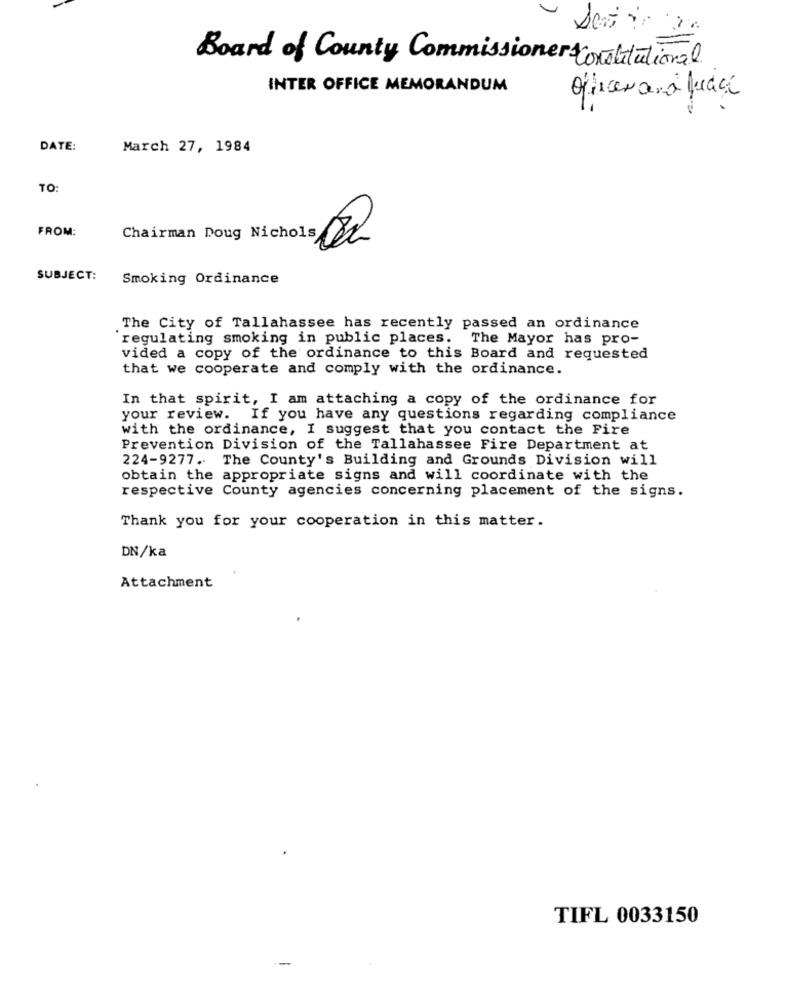
Board of County Commissioner constitutional
INTER OFFICE MEMORANDUM
DATE:
March 27, 1984
TO:
FROM:
Chairman Doug Nichols EL
SUBJECT:
Smoking Ordinance
The City of Tallahassee has recently passed an ordinance
`regulating smoking in public places. The Mayor has pro-
vided a copy of the ordinance to this Board and requested
that we cooperate and comply with the ordinance.
In that spirit, I am attaching a copy of the ordinance for
your review. If you have any questions regarding compliance
with the ordinance, I suggest that you contact the Fire
Prevention Division of the Tallahassee Fire Department at
224-9277. The County's Building and Grounds Division will
obtain the appropriate signs and will coordinate with the
respective County agencies concerning placement of the signs.
Thank you for your cooperation in this matter.
DN/ka
Attachment
TIFL 0033150